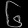
Digit: ၆